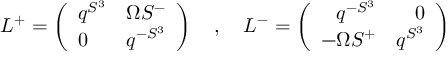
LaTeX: L ^ { + } = \left( \begin{array} { l l } { { q ^ { S ^ { 3 } } } } & { { \Omega S ^ { - } } } \\ { { 0 } } & { { q ^ { - S ^ { 3 } } } } \end{array} \right) \ \ \ , \ \ \ L ^ { - } = \left( \begin{array} { r r } { { q ^ { - S ^ { 3 } } } } & { { 0 } } \\ { { - \Omega S ^ { + } } } & { { q ^ { S ^ { 3 } } } } \end{array} \right)